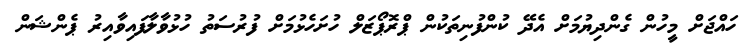
ހައްޖަށް މީހުން ގެންދިޔުމަށް އެދޭ ކުންފުނިތަކުން ޕްރޮޕޯޒަލް ހުށަހެޅުމަށް ފުރުސަތު ހުޅުވާލާފައިވާއިރު ޕެންޝަން